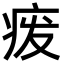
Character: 𬏦